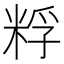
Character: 粰